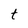
Character: t